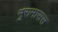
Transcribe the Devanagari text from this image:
मुरामासस